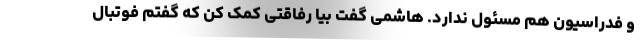
و فدراسیون هم مسئول ندارد. هاشمی گفت بیا رفاقتی کمک کن که گفتم فوتبال